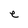
Character: e